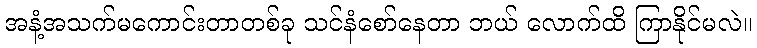
အနံ့အသက်မကောင်းတာတစ်ခု သင်နံစော်နေတာ ဘယ် လောက်ထိ ကြာနိုင်မလဲ။